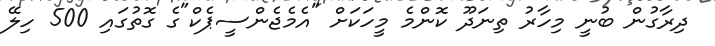
ދިރާގުން ބުނީ މިހާރު ތިނަދޫ ކޮންމެ މީހަކަށް "އެމެޖެންސީޕެކް"ގެ ގޮތުގައި 500 ހިލޭ